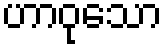
ဟာဝုသော